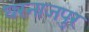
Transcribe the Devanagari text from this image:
घरनाजपुर